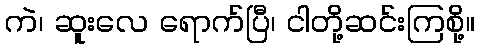
ကဲ၊ ဆူးလေ ရောက်ပြီ၊ ငါတို့ဆင်းကြစို့။